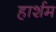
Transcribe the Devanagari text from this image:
हार्शम